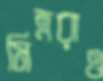
মিত্ররাও